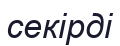
секірді